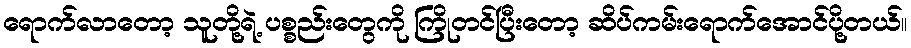
ရောက်လာတော့ သူတို့ရဲ့ ပစ္စည်းတွေကို ကြိုတင်ပြီးတော့ ဆိပ်ကမ်းရောက်အောင်ပို့တယ်။